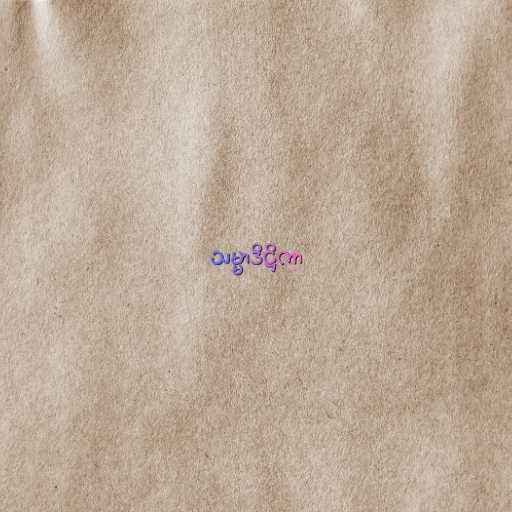
သမ္မာဒိဋ္ဌိကာ